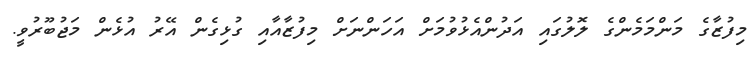
މިފުޒާގެ މަންމަމެންގެ ލޮލުގައި އަދުންއެޅުވުމަށް އަހަންނަށް މިފުޒާއާއި ގުޅިގެން އޭރު އުޅެން މަޖުބޫރުވީ.